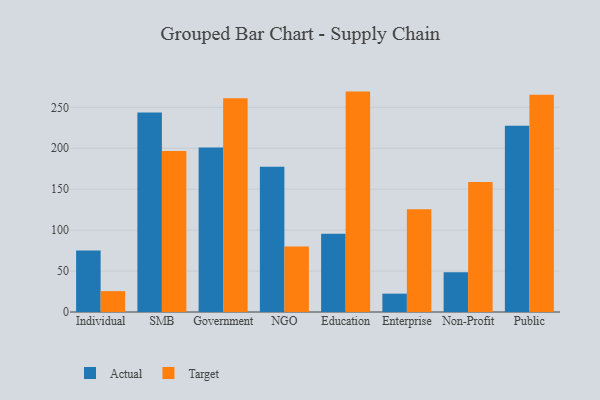
{"axis": {"x": "Segment", "y": "Operating Costs (USD K)"}, "legend": ["Actual", "Target"], "data": [{"x": "Individual", "y": 75.0, "type": "Actual"}, {"x": "Individual", "y": 25.5, "type": "Target"}, {"x": "SMB", "y": 243.6, "type": "Actual"}, {"x": "SMB", "y": 196.5, "type": "Target"}, {"x": "Government", "y": 201.0, "type": "Actual"}, {"x": "Government", "y": 261.1, "type": "Target"}, {"x": "NGO", "y": 177.5, "type": "Actual"}, {"x": "NGO", "y": 80.0, "type": "Target"}, {"x": "Education", "y": 95.5, "type": "Actual"}, {"x": "Education", "y": 269.2, "type": "Target"}, {"x": "Enterprise", "y": 22.4, "type": "Actual"}, {"x": "Enterprise", "y": 125.4, "type": "Target"}, {"x": "Non-Profit", "y": 48.4, "type": "Actual"}, {"x": "Non-Profit", "y": 158.8, "type": "Target"}, {"x": "Public", "y": 227.6, "type": "Actual"}, {"x": "Public", "y": 265.5, "type": "Target"}]}